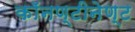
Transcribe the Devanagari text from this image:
काॅनण्टीनेण्ट